Plague in India, 1896, 1897 - Volume 3
Year: 1896
Disease focus: Plague
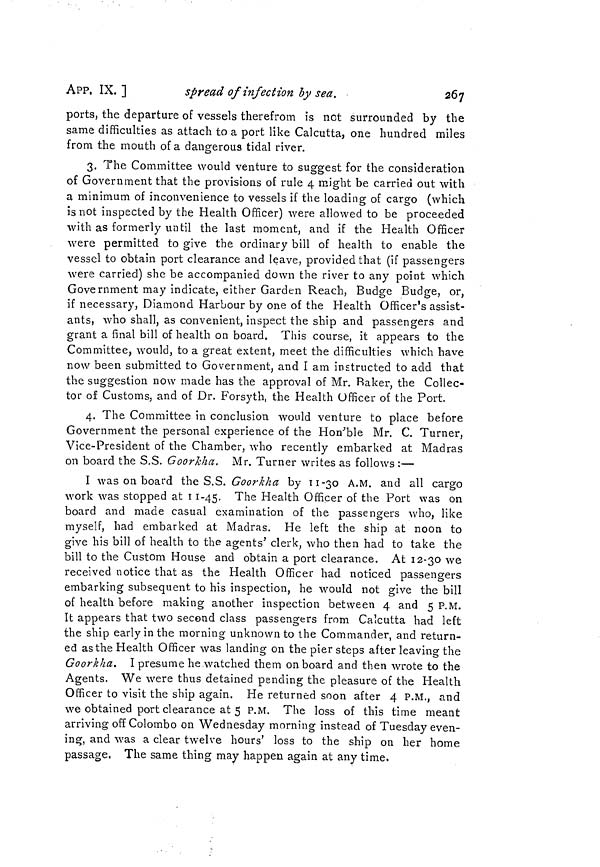
APP, IX. ]
spread of infection by sea.
267
ports, the departure of vessels therefrom is not surrounded by the
same difficulties as attach to a port like Calcutta, one hundred miles
from the mouth of a dangerous tidal river.
3. The Committee would venture to suggest for the consideration
of Government that the provisions of rule 4 might be carried out with
a minimum of inconvenience to vessels if the loading of cargo (which
is not inspected by the Health Officer) were allowed to be proceeded
with as formerly until the last moment, and if the Health Officer
were permitted to give the ordinary bill of health to enable the
vessel to obtain port clearance and leave, provided that (if passengers
were carried) she be accompanied down the river to any point which
Government may indicate, either Garden Reach, Budge Budge, or,
if necessary, Diamond Harbour by one of the Health Officer's assist-
ants, who shall, as convenient, inspect the ship and passengers and
grant a final bill of health on board. This course, it appears to the
Committee, would, to a great extent, meet the difficulties which have
now been submitted to Government, and I am instructed to add that
the suggestion now made has the approval of Mr. Raker, the Collec-
tor of Customs, and of Dr. Forsyth, the Health Officer of the Port.
4. The Committee in conclusion would venture to place before
Government the personal experience of the Hon'ble Mr. C. Turner,
Vice-President of the Chamber, who recently embarked at Madras
on board the S.S. GoorJcha. Mr. Turner writes as follows :—
I was on board the S.S. Goorkha by 11-30 A.M. and all cargo
work was stopped at 11-45. The Health Officer of the Port was on
board and made casual examination of the passengers who, like
myself, had embarked at Madras. He left the ship at noon to
give his bill of health to the agents' clerk, who then had to take the
bill to the Custom House and obtain a port clearance. At 12-30 we
received notice that as the Health Officer had noticed passengers
embarking subsequent to his inspection, he would not give the bill
of health, before making another inspection between 4 and 5 P.M.
It appears that two second class passengers from Calcutta had left
the ship early in the morning unknown to the Commander, and return-
ed as the Health Officer was landing on the pier steps after leaving the
Goorkha. I presume he watched them on board and then wrote to the
Agents. We were thus detained pending the pleasure of the Health
Officer to visit the ship again. He returned soon after 4 P.M., and
we obtained port clearance at 5 P.M. The loss of this time meant
arriving off Colombo on Wednesday morning instead of Tuesday even-
ing, and was a clear twelve hours' loss to the ship on her home
passage, The same thing may happen again at any time.